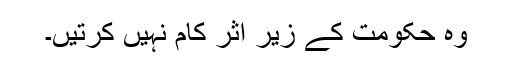
وہ حکومت کے زیر اثر کام نہیں کرتیں۔